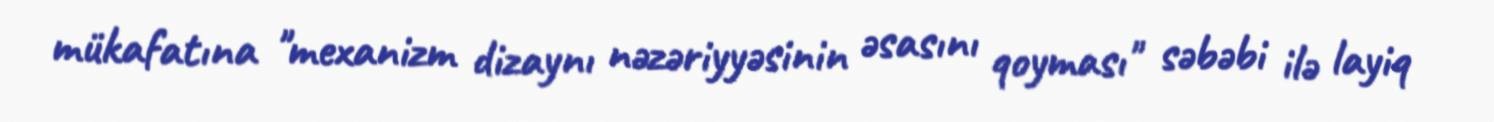
mükafatına "mexanizm dizaynı nəzəriyyəsinin əsasını qoyması" səbəbi ilə layiq